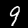
Label: 9